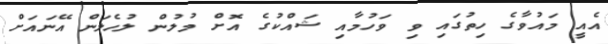
އެއީ މައުވާގެ ހިތުގައި ވި ވަހުމާއި ޝައްކުގެ އޮށް މުލުން ލުހެލަން އޭނައަށް